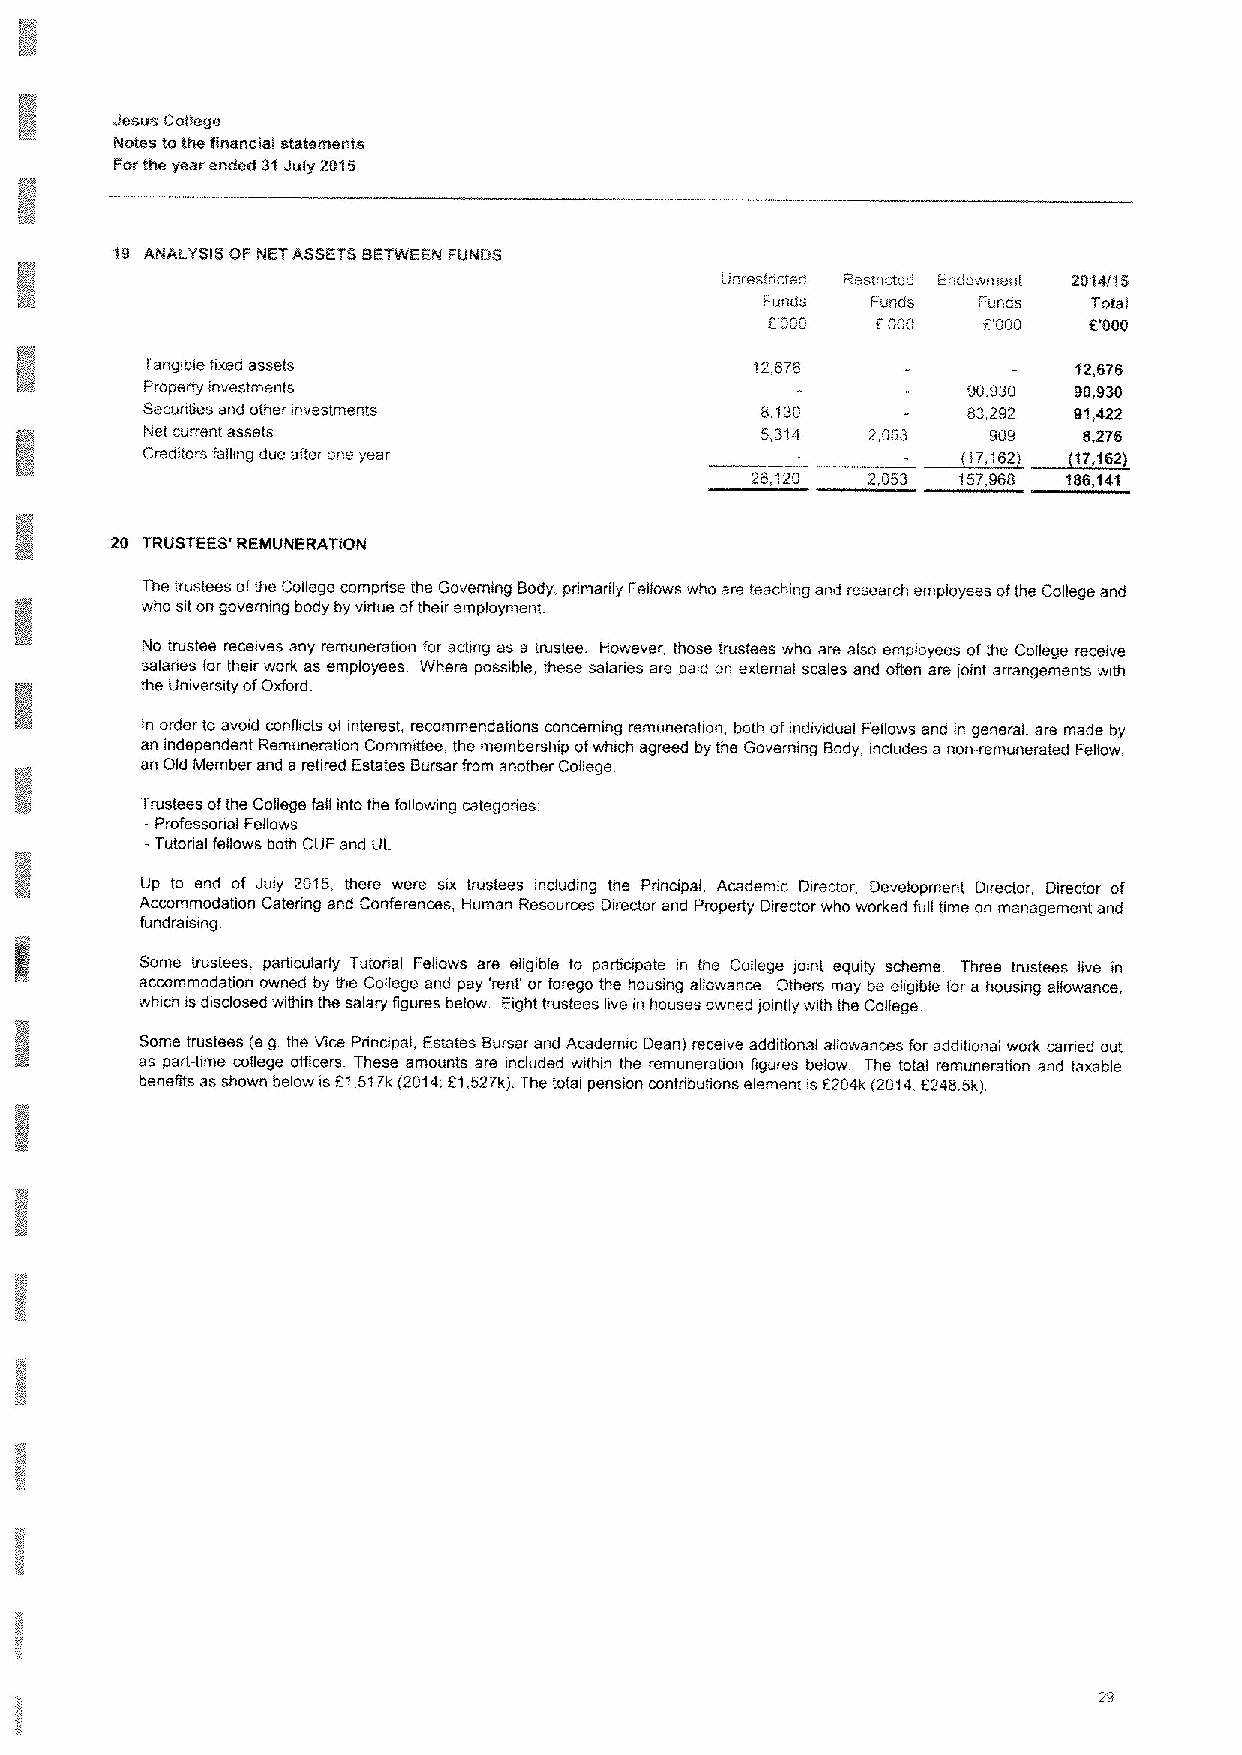
Jesus Cotlege
 No'tes totits Financial statetrients
 Forthe year ended 31July 2015
 Unrestncted Resmcted Endowment 2014(15
 Funds  Funds  Funds  Total
 F'000  F'000  EOGO   F2000
 Tangitile tixerl assets                 12676                12,676
 Property investments                                  90.930 90,930
 Secunties and other investments          8.130         83,292 91,422
 Net current assets                      5.314   2,053   909   8,276
 Creditors falkng due sitar one year
 26,120  2,053 157,968 186,141
 20 TRUSTEES' REMUNERATION
 The trustees ofthe College comprise the Governing Body, prmanly Feifows who are teaching and research employees ofthe College and
 who sit on governing body by virtue oitheir employment
 No trustee receives any remuneration for acting as s trustee However, those trustees who are also employees ofthe College receive
 salanes for their work as employees Where possible, these salanes are paid on external scales and often are ioint arrangements with
 the University ofOxford
 ln order to avoid conflicts ofinterest, recommendations concerning remuneration, both ofindividual Fellows and in general. are made by
 an independent Remuneration Committee, the membership ofwhich agreed by the Governing Body. includes a non-remunerated Fellow,
 an Old Member and a retired Estates Bursar from another College
 Trustees ofthe College fall into the following categories
 -Professonaf Fellows
 -Tutonal feifows both CUF and U1
 Up to end of July 2015, there were six trustees including the Principal, Academic Director, Devefopment Director, Director of
 Accommodation Catering and Conferences, Human Resources Director and Property Director who worked full time on management and
 fundraising
 Some trustees. particularly Tutonal Fellows are eligible to participate in the Coflege ioint equity scheme Three trustees live in
 accommodation owned by the Cotlege and pay 'rent' or forego the housing allowance Others may be eligible for a housing aifowance,
 which isdisclosed within the salary figures befow Eight trustees live in houses owned }ointly with the Coifege
 Some trustees (eg the Vice Pnncipat, Estates Bursar and Academic Dean}receive additionaf allowances for additional work cerned out
 as part-time college officers These amounts are included within the remuneration figures below The total remuneration and taxable
 benefits as shown below is51,517k(2014 FI,527k} The total pension contributions element isF204k (2014,5248 5k}